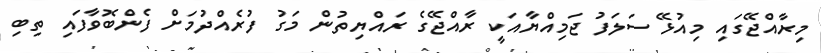
މިރާއްޖޭގައި މިއުޅޭ ސަލަފު ޖަމިއްޔާއަކީ ރާއްޖޭގެ ރައްޔިތުން މަގު ފުރެއްދުމަށް ފެންބޮވާފައި ތިބި